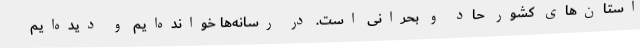
استان‌های کشور حاد و بحرانی است. در رسانه‌ها خوانده‌ایم و دیده‌ایم